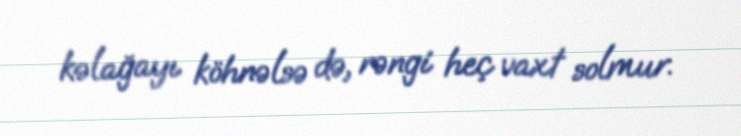
kəlağayı köhnəlsə də, rəngi heç vaxt solmur.